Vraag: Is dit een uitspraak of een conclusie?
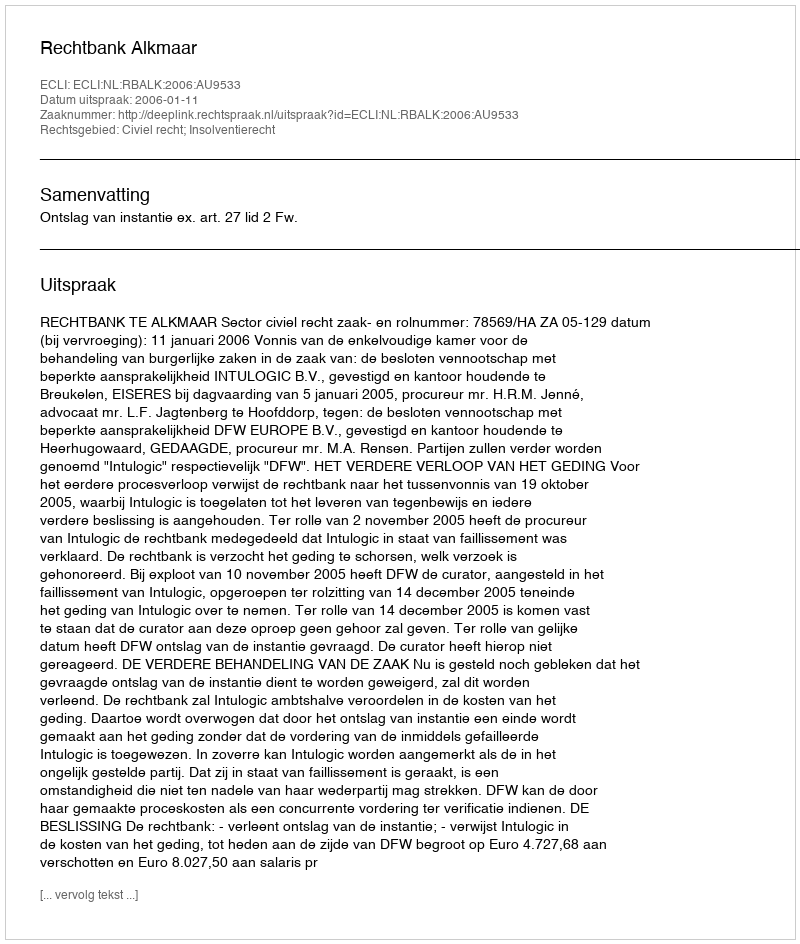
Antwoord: Uitspraak